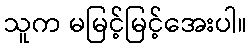
သူက မမြင့်မြင့်အေးပါ။